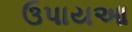
ઉપાયઆ